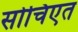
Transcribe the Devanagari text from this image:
सोचिएत